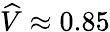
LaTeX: \widehat{V}\approx 0.85